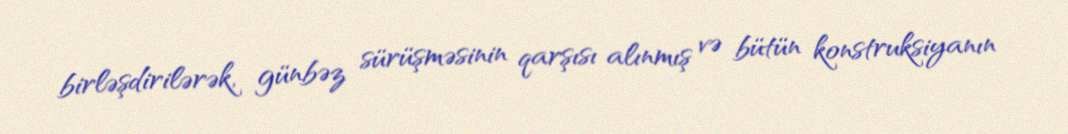
birləşdirilərək, günbəz sürüşməsinin qarşısı alınmış və bütün konstruksiyanın